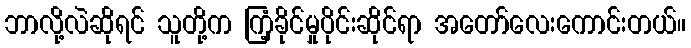
ဘာလို့လဲဆိုရင် သူတို့က ကြံ့ခိုင်မှုပိုင်းဆိုင်ရာ အတော်လေးကောင်းတယ်။